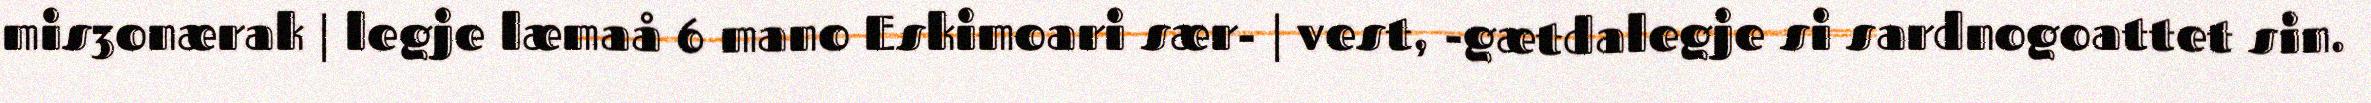
mis3onærak | legje læmaå 6 mano Eskimoari sær- | vest, -gætdalegje si sardnogoattet sin.